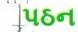
પઠન